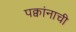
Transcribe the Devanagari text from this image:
पक्वांनाची